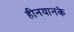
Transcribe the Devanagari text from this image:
हीनयानके